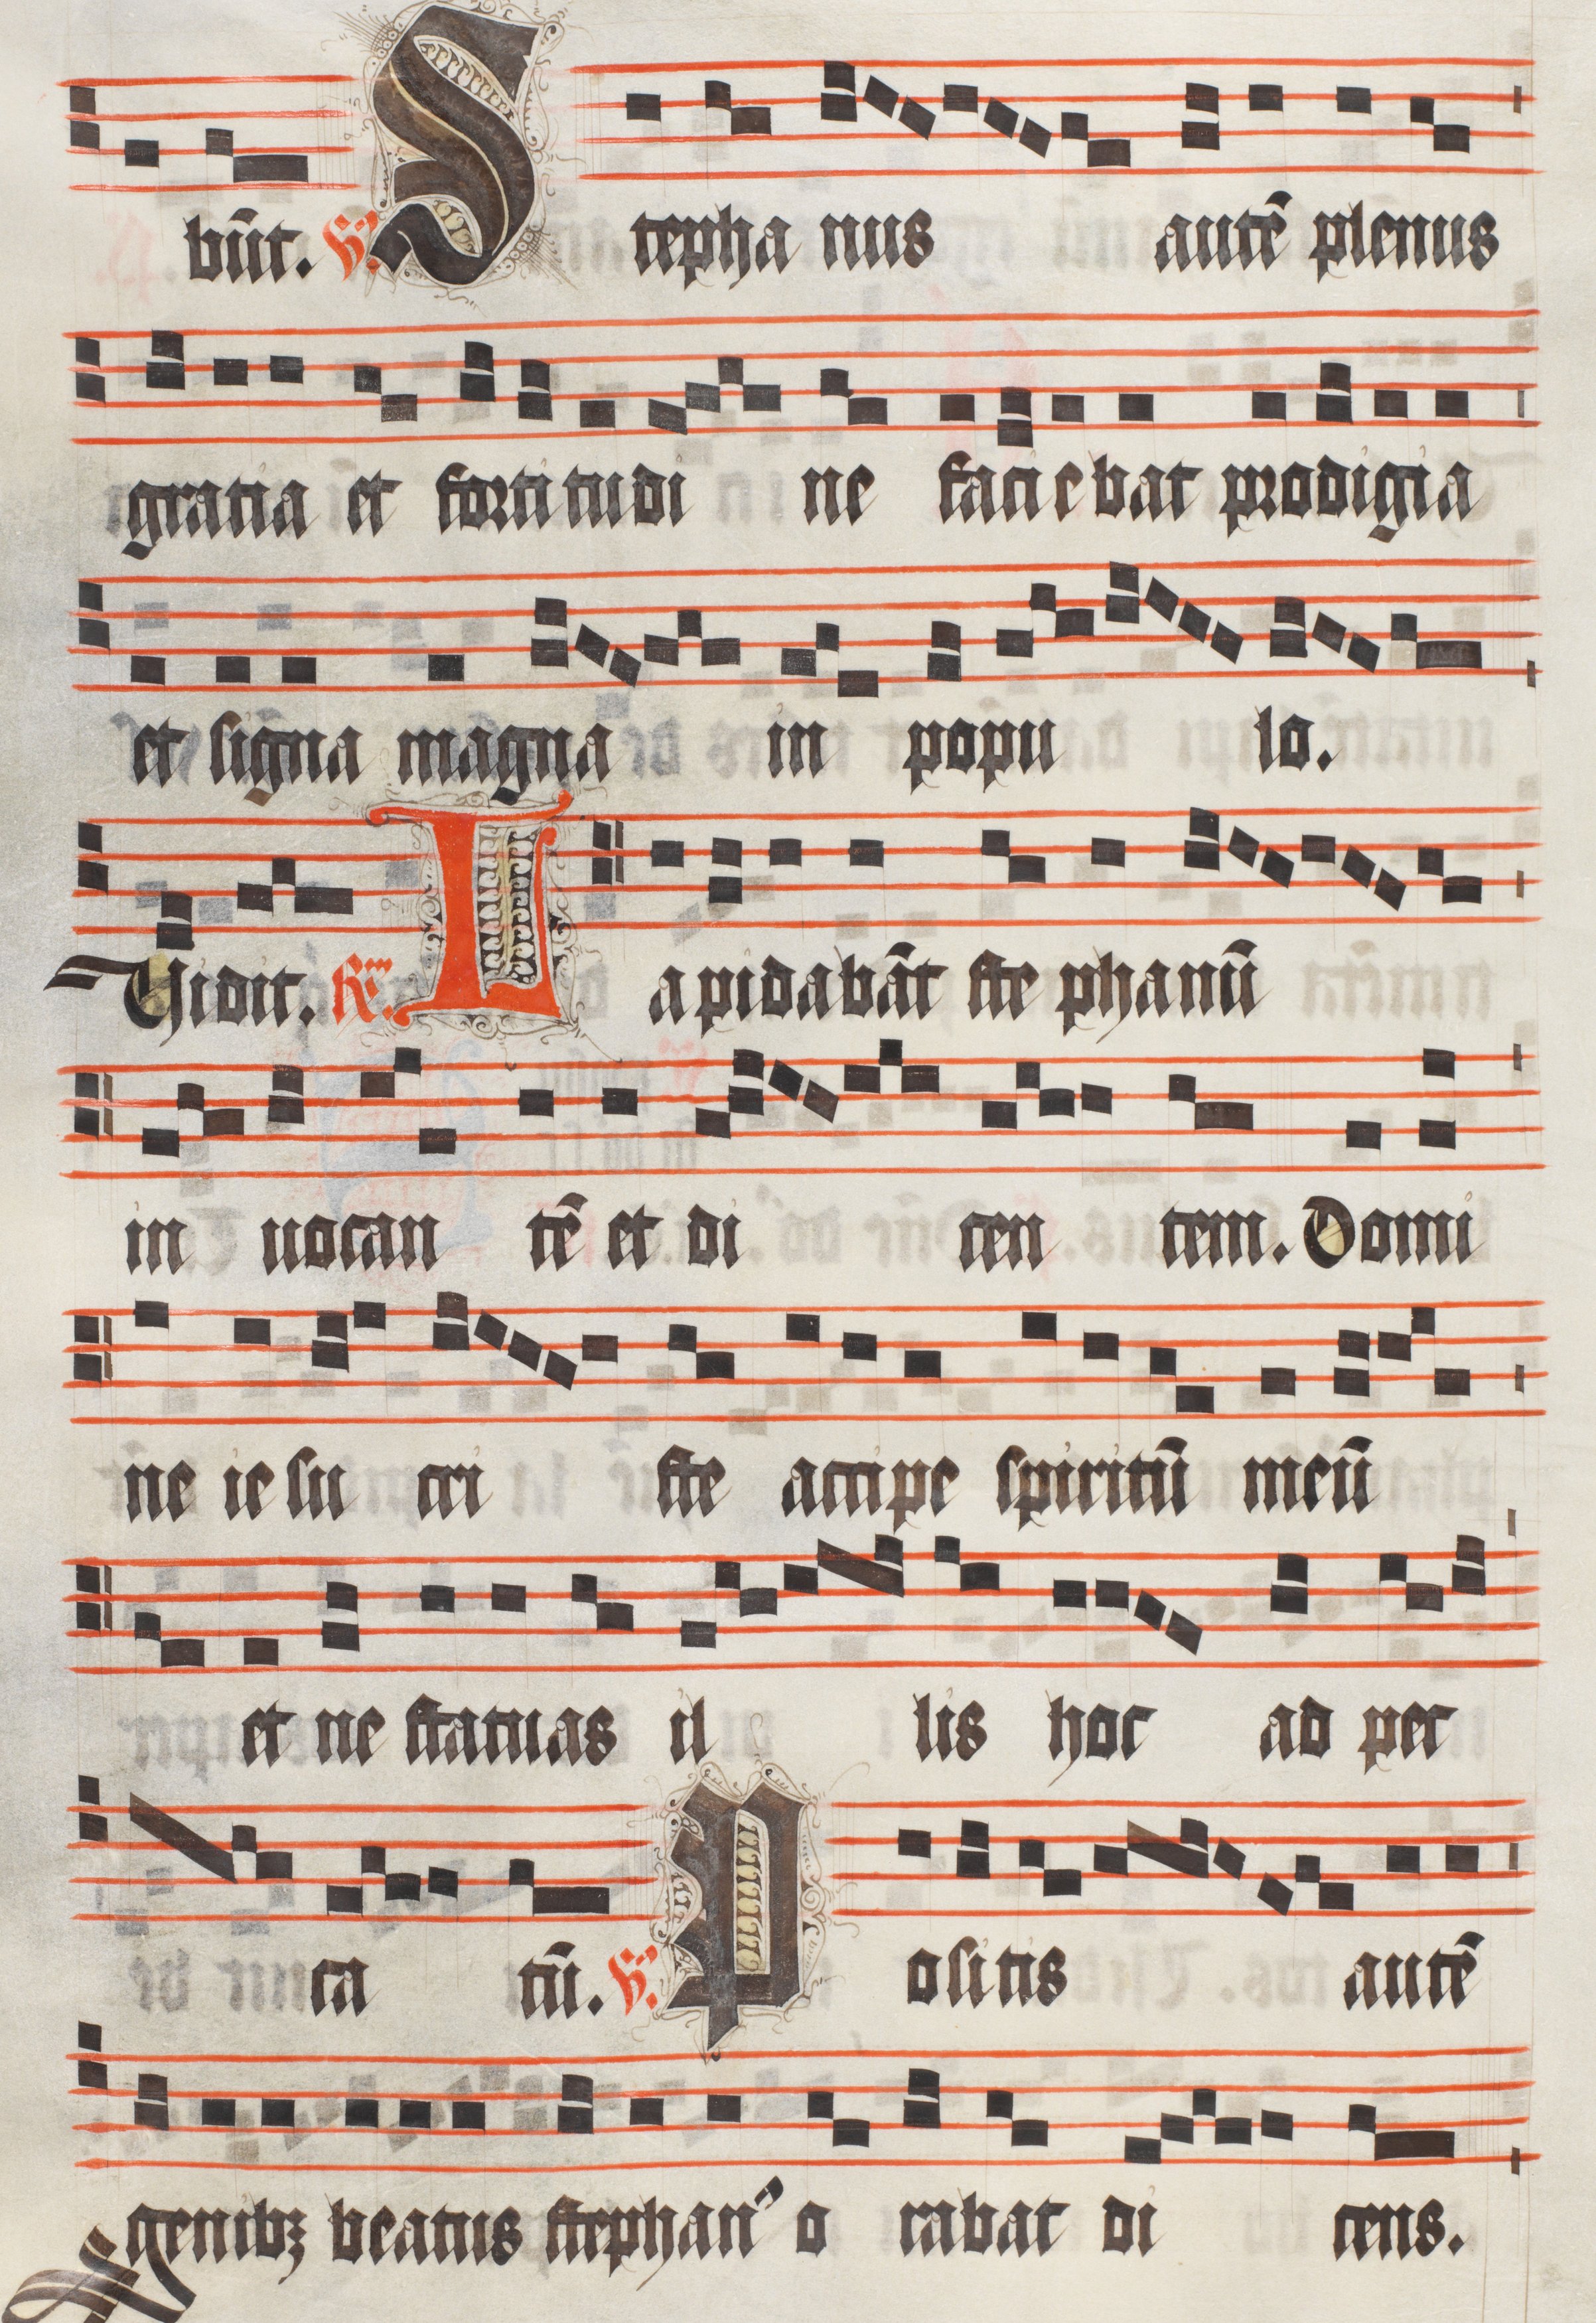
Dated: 1511–1517